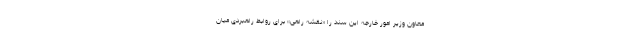
معاون وزیر امور خارجه این سند را «نقشه راهی» برای روابط راهبردی میان